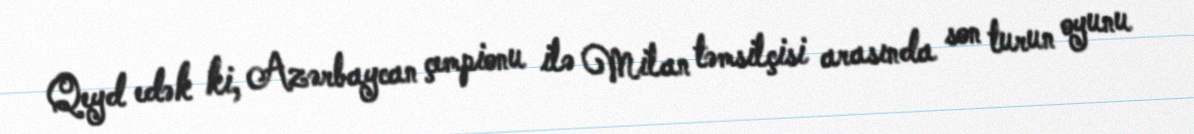
Qeyd edək ki, Azərbaycan çempionu ilə Milan təmsilçisi arasında son turun oyunu